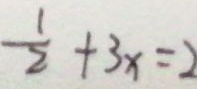
\frac { 1 } { 2 } + 3 x = 2